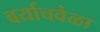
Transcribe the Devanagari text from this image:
बर्याचवेळा